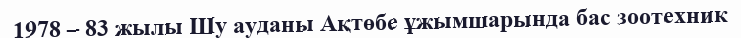
1978 – 83 жылы Шу ауданы Ақтөбе ұжымшарында бас зоотехник